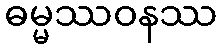
ဓမ္မဿဝနဿ